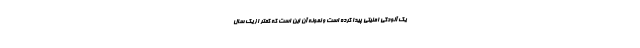
یک آلودگی امنیتی پیدا کرده است و نمونه آن این است که کمتر از یک سال